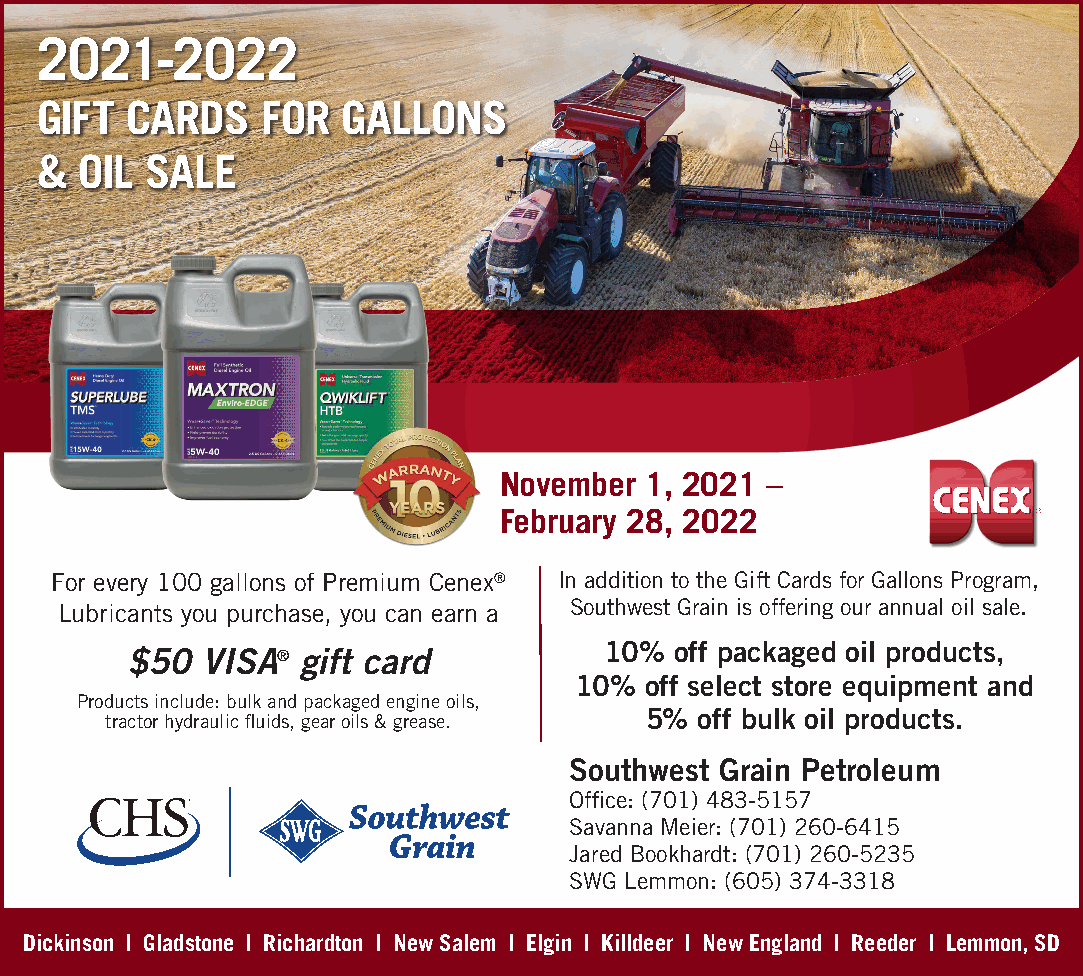
2021-2022
 GIFT  CARDS    FOR   GALLONS
 &  OIL  SALE
 November  1, 2021 –
 February 28, 2022
 For every 100 gallons of Premium Cenex® In addition to the Gift Cards for Gallons Program,
 Lubricants you purchase, you can earn a Southwest Grain is offering our annual oil sale.
 10%  off packaged oil products,
 $50  VISA®  gift card
 10%  off select store equipment and
 Products include: bulk and packaged engine oils,
 5% off bulk oil products.
 tractor hydraulic fluids, gear oils & grease.
 Southwest Grain Petroleum
 Office: (701) 483-5157
 Savanna Meier: (701) 260-6415
 Jared Bookhardt: (701) 260-5235
 SWG Lemmon: (605) 374-3318
 Dickinson | Gladstone | Richardton | New Salem | Elgin | Killdeer | New England | Reeder | Lemmon, SD